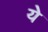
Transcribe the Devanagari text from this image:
येे